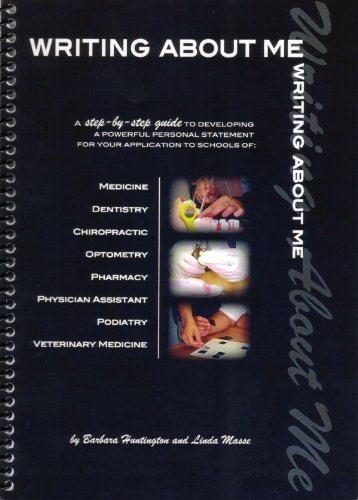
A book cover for Writing about me: A step by step method to creating a powerful personal statement for schools of medicine, dentistry, chiropractic, pharmacy, PA,optometry, podiatry, veterinary medicine by Barbara Huntington, Linda Masse published by Montezuma Publishing, San Diego State University (2007); Medical Books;